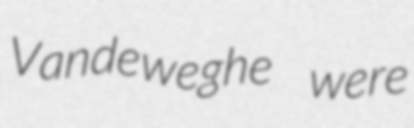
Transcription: Vandeweghe were